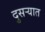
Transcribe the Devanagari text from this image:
दुसर्‍यात